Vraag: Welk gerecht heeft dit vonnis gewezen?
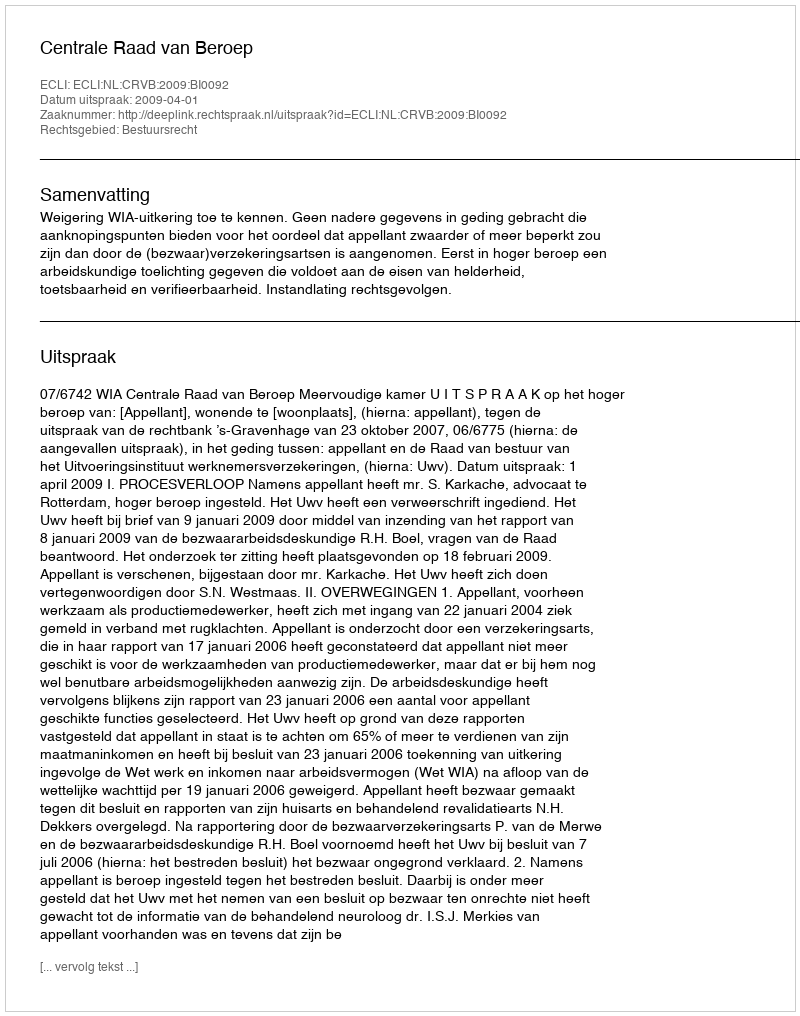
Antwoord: Centrale Raad van Beroep